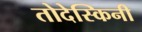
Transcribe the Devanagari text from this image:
तोदेस्किनी